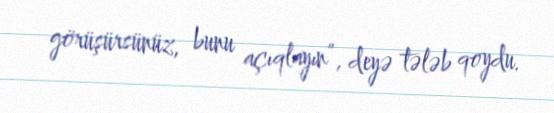
görüşürsünüz, bunu açıqlayın”, deyə tələb qoydu.